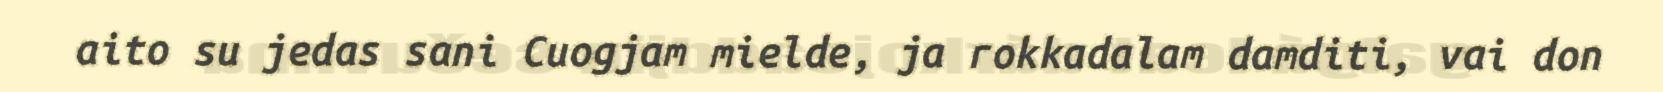
aito su jedas sani Cuogjam mielde, ja rokkadalam damditi, vai don